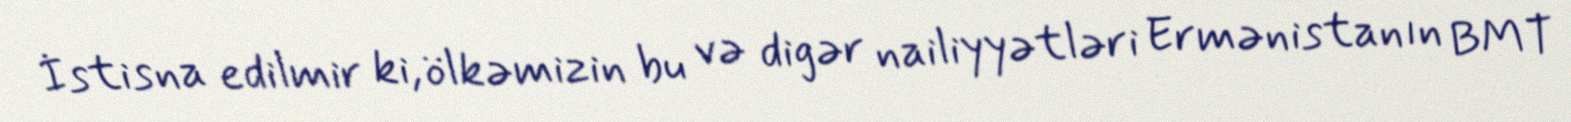
İstisna edilmir ki, ölkəmizin bu və digər nailiyyətləri Ermənistanın BMT